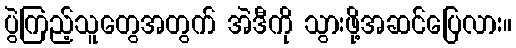
ပွဲကြည့်သူတွေအတွက် အဲဒီကို သွားဖို့အဆင်ပြေလား။